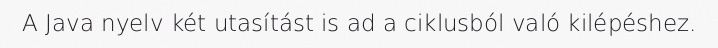
A Java nyelv két utasítást is ad a ciklusból való kilépéshez.